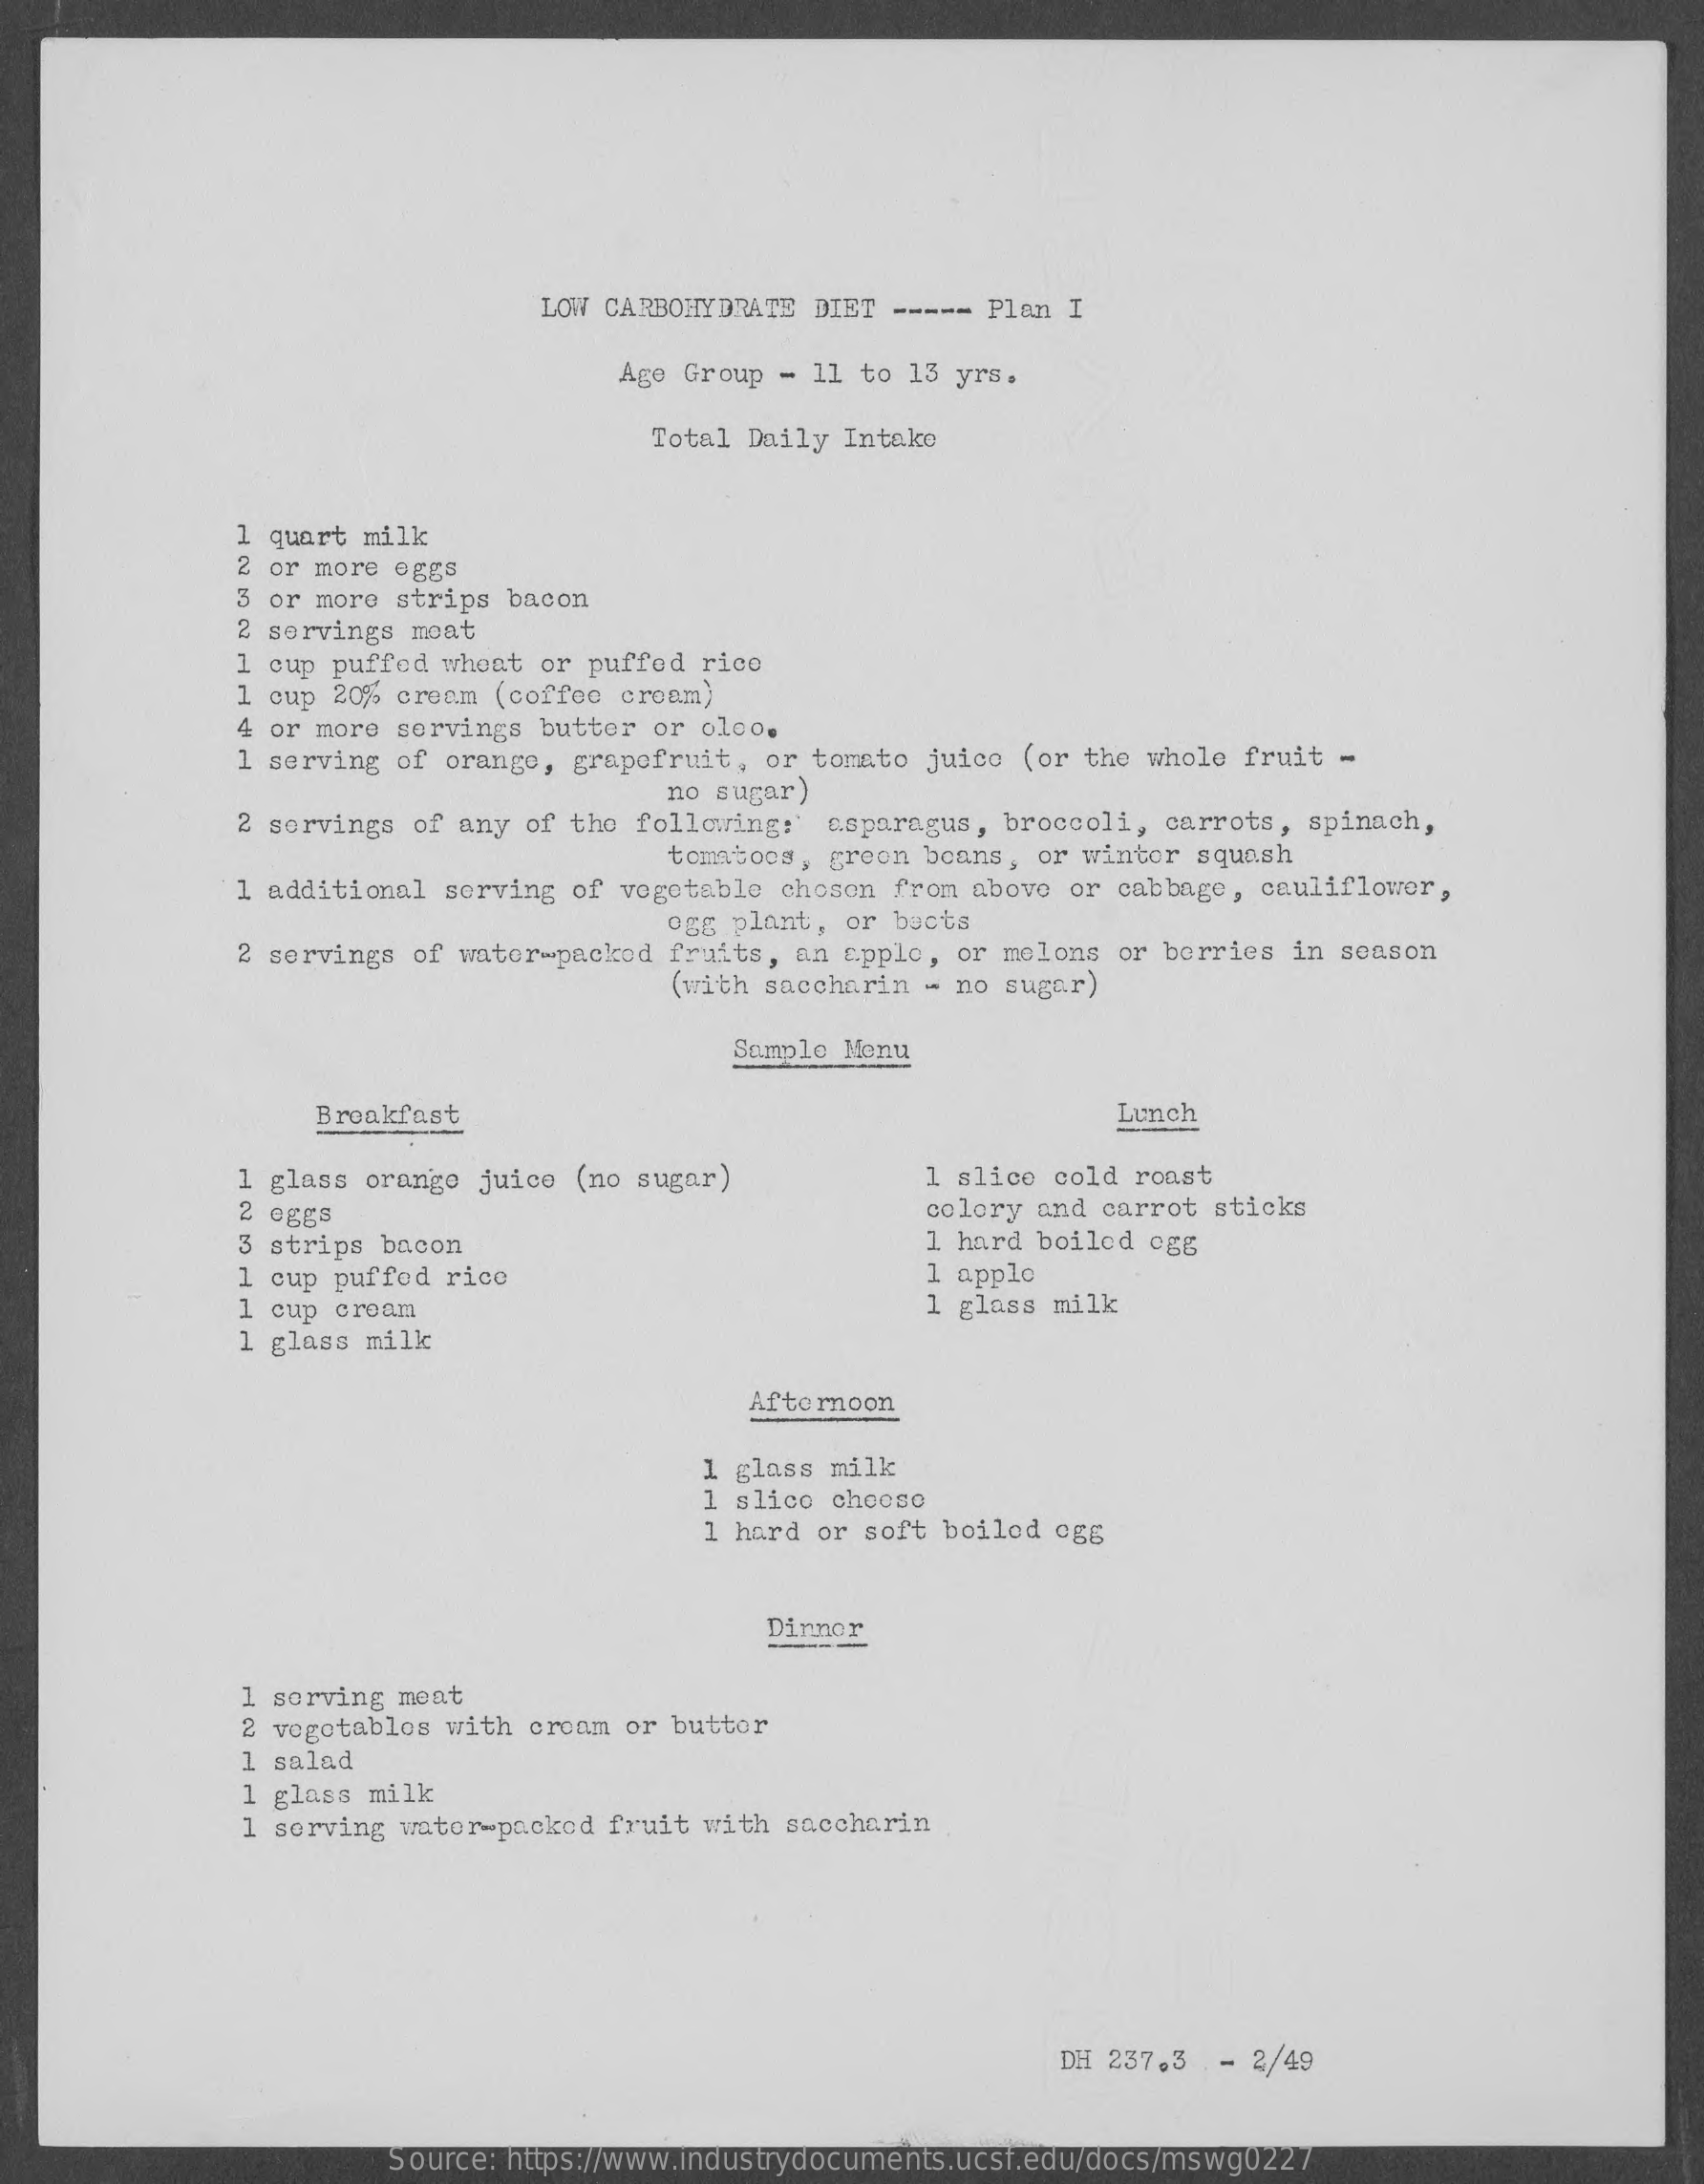
LOW CARBOHYDRATE DIET ----- Plan I
     Age Group - 11 to 13 yrs.
     Total Daily Intake
     1 quart milk
     or more eggs
     3 or more strips bacon
     2 servings moat
     1 cup puffed wheat or puffed rice
     1 cup 20% cream (coffee croam)
     4 or more servings butter or olco.
     1 serving of orange, grapefruit, or tomato juice (or the whole fruit -
     no sugar)
     2 servings of any of the following:' asparagus, broccoli, carrots, spinach,
     tomatoos, green beans, or winter squash
     1 additional serving of vegetable chosen from above or cabbage, cauliflower,
     ogg plant, or bucts
     2 servings of water-packed fruits, an apple, or melons or berries in season
     (with saccharin - no sugar)
     Sample Menu
     Breakfast    Lunch
     1 glass orange juice (no sugar)    1 slice cold roast
     2 CEES    colory and carrot sticks
     3 strips bacon    1 hard boiled ogg
     1 cup puffed rice    1 apple
     1 cup croam    1 glass milk
     1 glass milk
     Afternoon
     1 glass milk
     1 slice choose
     1 hard or soft boilod 0g5
     Dinnor
     sorving meat
     2 vegotablos with croam or buttor
     1 salad
     1 glass milk
     1 serving wator-packed fruit with saccharin
     DH 237,3 - 2/49
     Source: https://www.industrydocuments.ucsf.edu/docs/mswg0227